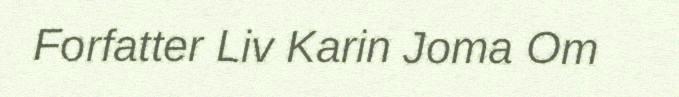
Forfatter Liv Karin Joma Om